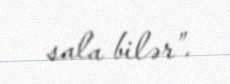
sala bilər”.